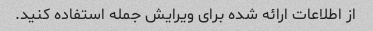
از اطلاعات ارائه شده برای ویرایش جمله استفاده کنید.